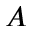
A